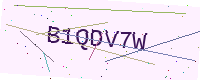
Text: B1QDV7W